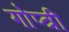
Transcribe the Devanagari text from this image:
गोप्त्री